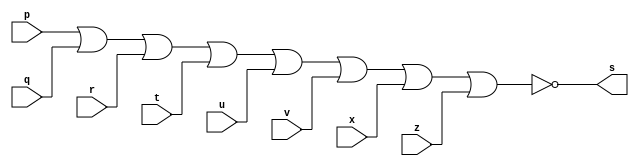
// ------------------------- 
// Exemplo0016 - EXTRA
// Nome: Michelle da Costa Silva
// ------------------------- 

// ------------------------- 
// -- nor gate 
// ------------------------- 

      module norgate ( output s, input p, q, r, t, u, v, x, z); 
          assign s = ~(p | q | r | t | u | v | x | z); 
      endmodule // norgate 

// --------------------- 
// -- test nor gate 
// --------------------- 

      module testnorgate; 

// ------------------------- dados locais 

      reg a, b, c, d, e, f, g, h; // definir registradores 
      wire s; // definir conexao (fio) 

// ------------------------- instancia 
     
	   norgate NOR1 (s, a, b, c, d, e, f, g, h); 

// ------------------------- preparacao 

     initial begin:start 
        a=0; b=0; c=0; d=0; e=0; f=0; g=0; h=0;
      end 
				  
// ------------------------- parte principal 
         
			  initial begin:main 
                $display("Exemplo 0016 - Michelle da Costa Silva - 427448"); 
                $display("\nExtra - NOR"); 
                $display("\na b c d e f g h s\n"); 
                   a=0; b=0; c=0; d=0; e=0; f=0; g=0; h=0;
             #1 $display("%b %b %b %b %b %b %b %b %b", a, b, c, d, e, f, g, h, s); 
             
			   end 
   endmodule // testnorgate